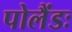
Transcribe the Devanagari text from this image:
पोलैंडः